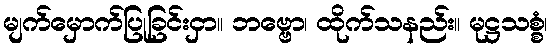
မျက်မှောက်ပြုခြင်းငှာ။ ဘဗ္ဗော၊ ထိုက်သနည်း။ မုဋ္ဌသစ္စံ၊